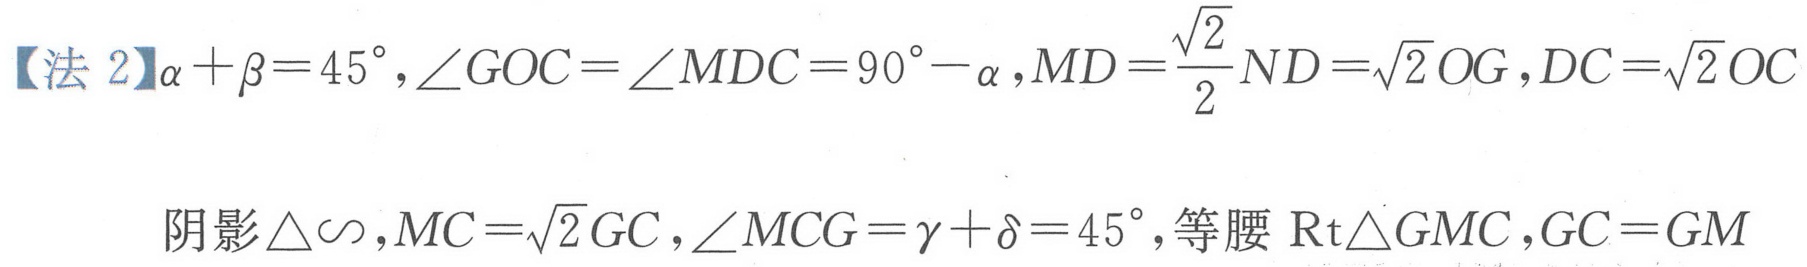
【法 2】$\alpha+\beta = 45^{\circ},\angle GOC=\angle MDC = 90^{\circ}-\alpha,MD=\frac{\sqrt{2}}{2}ND=\sqrt{2}OG,DC = \sqrt{2}OC$

阴影$\triangle\sim,MC=\sqrt{2}GC,\angle MCG=\gamma+\delta = 45^{\circ}$,等腰$\text{Rt}\triangle GMC,GC = GM$